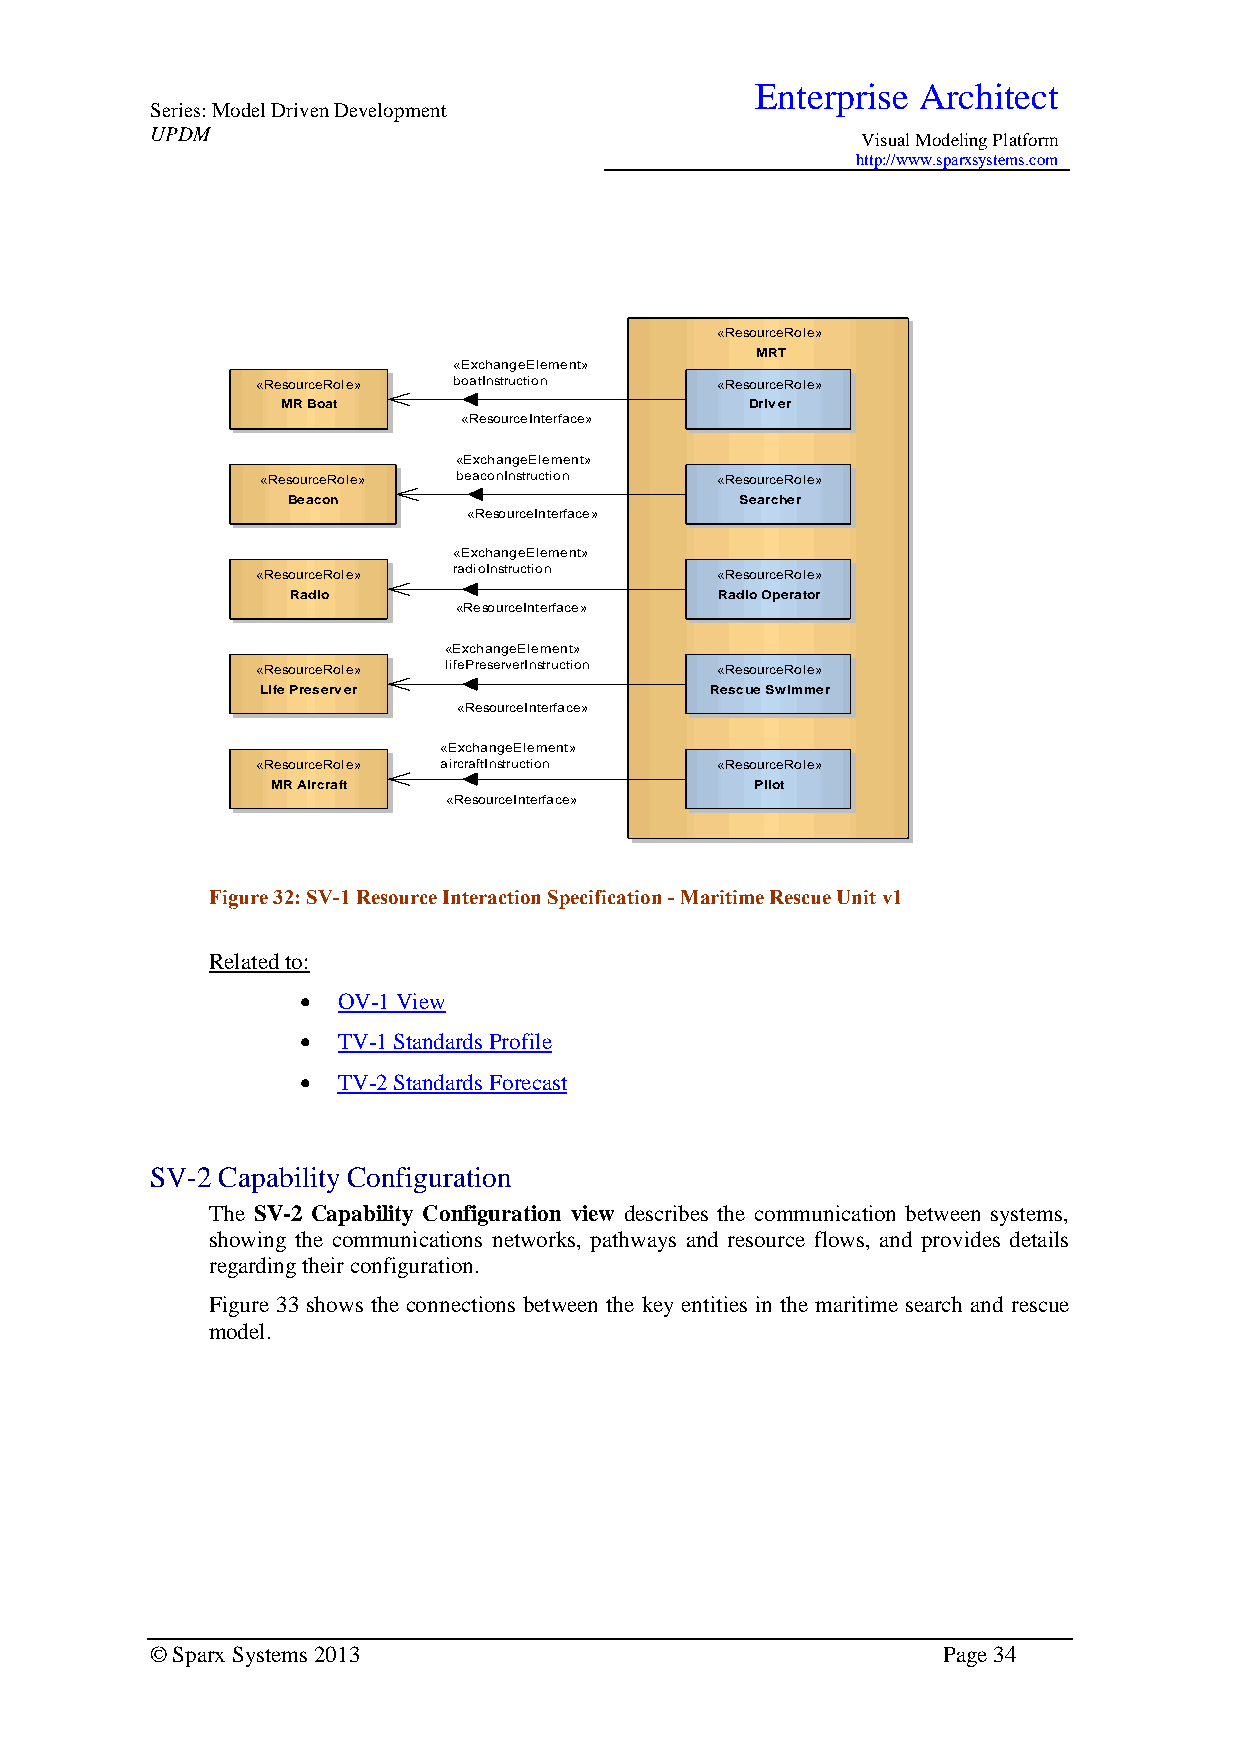
Enterprise Architect
 Series: Model Driven Development
 UPDM
 Visual Modeling Platform
 http://www.sparxsystems.com
 «ResourceRole»
 MRT
 «ExchangeElement»
 «ResourceRole» boatInstruction «ResourceRole»
 MR Boat                        Driver
 «ResourceInterface»
 «ExchangeElement»
 «ResourceRole» beaconInstruction «ResourceRole»
 Beacon                        Searcher
 «ResourceInterface»
 «ExchangeElement»
 «ResourceRole» radioInstruction «ResourceRole»
 Radio                        Radio Operator
 «ResourceInterface»
 «ExchangeElement»
 «ResourceRole» lifePreserverInstruction «ResourceRole»
 Life Preserver                Rescue Swimmer
 «ResourceInterface»
 «ExchangeElement»
 «ResourceRole» aircraftInstruction «ResourceRole»
 MR Aircraft                     Pilot
 «ResourceInterface»
 Figure 32: SV-1 Resource Interaction Specification - Maritime Rescue Unit v1
 Related to:
  OV-1 View
  TV-1 Standards Profile
  TV-2 Standards Forecast
 SV-2 Capability Configuration
 The SV-2 Capability Configuration view describes the communication between systems,
 showing the communications networks, pathways and resource flows, and provides details
 regarding their configuration.
 Figure 33 shows the connections between the key entities in the maritime search and rescue
 model.
 © Sparx Systems 2013                                Page 34